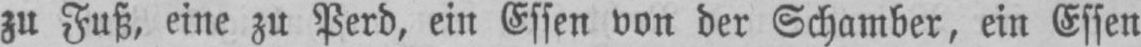
zu Fuß, eine zu Perd, ein Essen von der Schamber, ein Essen